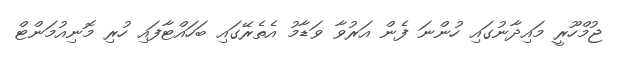
ޖުމްހޫރީ މައިދާނުގައި ހުންނަ ފެން އަރުވާ ވަޑާމު އެތެރޭގައި ބަހައްޓާފައި ހުރި މޮނިއުމަންޓް